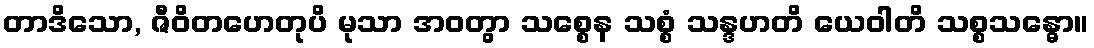
တာဒိသော, ဇီဝိတဟေတုပိ မုသာ အဝတွာ သစ္စေန သစ္စံ သန္ဒဟတိ ယေဝါတိ သစ္စသန္ဓော။